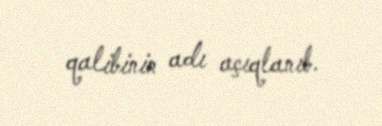
qalibinin adı açıqlanıb.